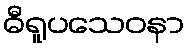
ဓီရူပသေဝနာ